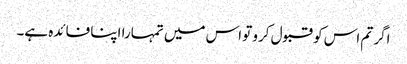
اگر تم اس کو قبول کرو تو اس میں تمہارا اپنا فائدہ ہے۔